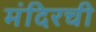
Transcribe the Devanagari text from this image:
मंदिरची